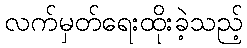
လက်မှတ်ရေးထိုးခဲ့သည့်